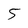
Character: 5